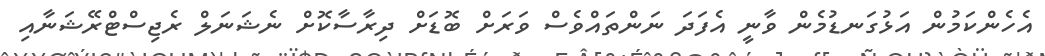
އެހެންކަމުން އަޅުގަނޑުމެން ވާނީ އެފަދަ ނަންތައްވެސް ވަރަށް ބޮޑަށް ދިރާސާކޮށް ނެޝަނަލް ރެޖިސްޓްރޭޝަނާއި